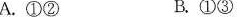
A.①② B.①③